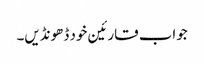
جواب قارئین خود ڈھونڈیں۔